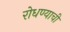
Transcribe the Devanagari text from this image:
रोधण्याची